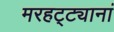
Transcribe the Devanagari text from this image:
मरहट्ट्यानां